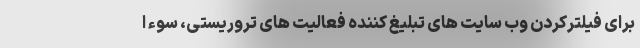
برای فیلترکردن وب سایت های تبلیغ کننده فعالیت های تروریستی، سوء ا